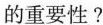
的重要性?